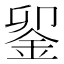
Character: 𨥫